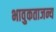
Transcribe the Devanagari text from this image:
भावुकताजन्य